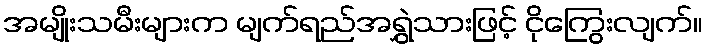
အမျိုးသမီးများက မျက်ရည်အရွှဲသားဖြင့် ငိုကြွေးလျက်။